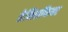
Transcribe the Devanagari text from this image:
हेमिसफियर